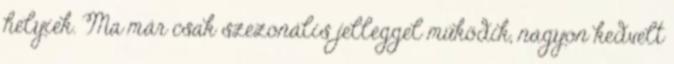
helyiek. Ma már csak szezonális jelleggel működik, nagyon kedvelt